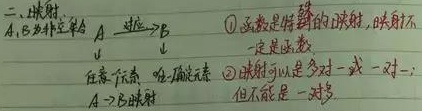
二、映射
$A,B$ 为非空集合，$A\xrightarrow{对应}B$

$\textcircled{1}$ 函数是特殊的映射，映射不一定是函数；

$\textcircled{2}$ 映射可以是多对一或一对一，但不能是一对多；

任意 $x \in A$，唯一确定 $y \in B$，$A \to B$ 映射
$\textcircled{1}$ 任意 $x \in A$，唯一确定 $y \in B$
$\textcircled{2}$ 映射可以是多对一或一对一，但不能是一对多